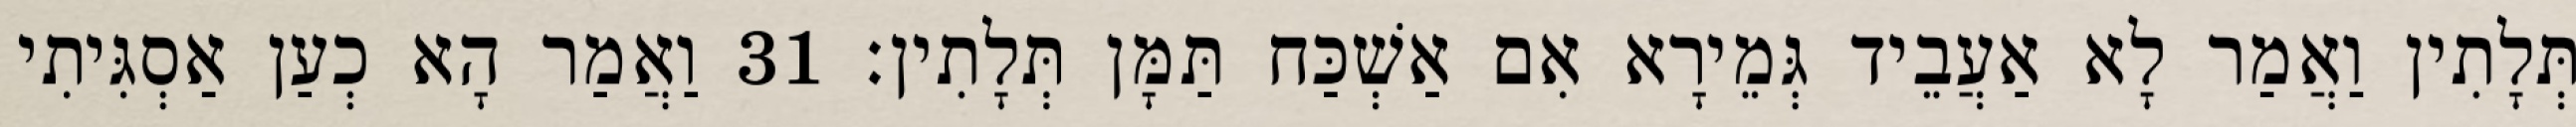
תְּלָתִין וַאֲמַר לָא אַעֲבֵיד גְּמֵירָא אִם אַשְׁכַּח תַּמָּן תְּלָתִין׃ 31 וַאֲמַר הָא כְעַן אַסְגִּיתִי